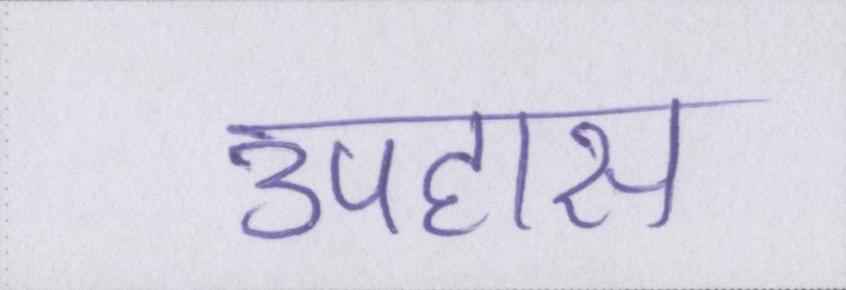
उपहास